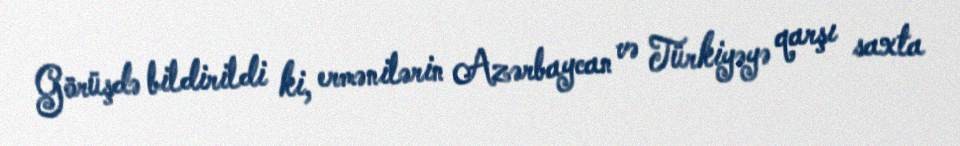
Görüşdə bildirildi ki, ermənilərin Azərbaycan və Türkiyəyə qarşı saxta